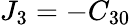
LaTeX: J_{3}=-C_{30}